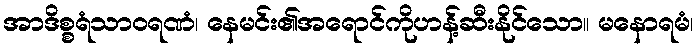
အာဒိစ္စရံသာဝရဏံ၊ နေမင်း၏အရောင်ကိုဟန့်ဆီးနိုင်သော။ မနောရမံ၊